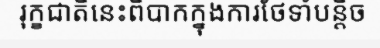
រុក្ខជាតិនេះពិបាកក្នុងការថែទាំបន្តិច